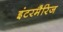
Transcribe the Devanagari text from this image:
इंटरमैरिज